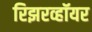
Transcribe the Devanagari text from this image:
रिझरव्हॉयर